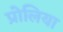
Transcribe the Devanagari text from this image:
प्रोलिया